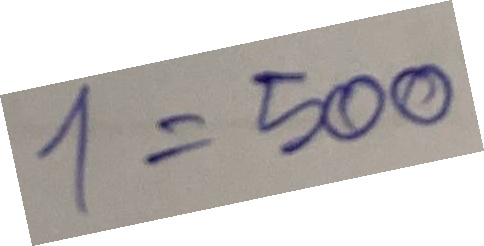
1 = 500